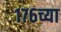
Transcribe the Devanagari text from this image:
१७६च्या